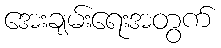
အေးချမ်းရေးအတွက်